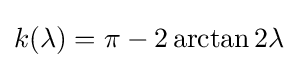
k(\lambda )=\pi -2\arctan 2\lambda